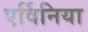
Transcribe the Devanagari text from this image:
एर्विनिया